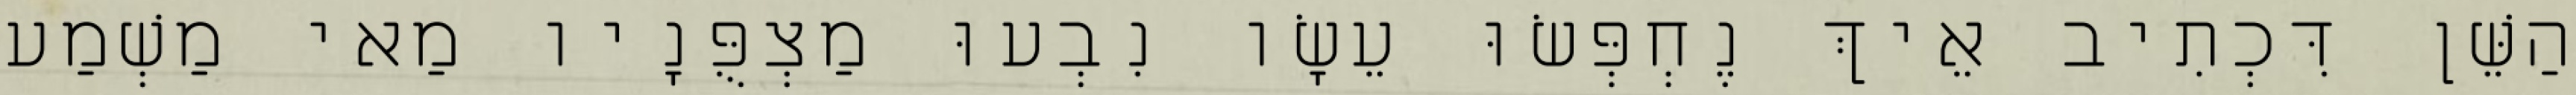
הַשֵּׁן דִּכְתִיב אֵיךְ נֶחְפְּשׂוּ עֵשָׂו נִבְעוּ מַצְפֻּנָיו מַאי מַשְׁמַע